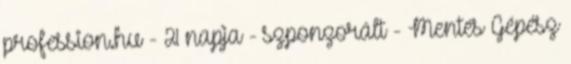
profession.hu - 21 napja - szponzorált - Mentés Gépész